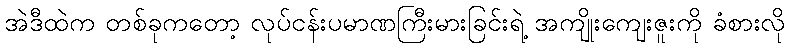
အဲဒီထဲက တစ်ခုကတော့ လုပ်ငန်းပမာဏကြီးမားခြင်းရဲ့ အကျိုးကျေးဇူးကို ခံစားလို